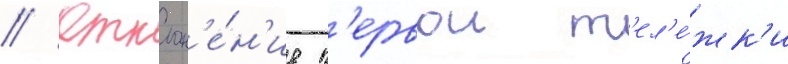
// Отклон'е́н'ие п'ервои т'ел'е́жк'и